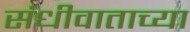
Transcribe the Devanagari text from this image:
संधीवाताच्या